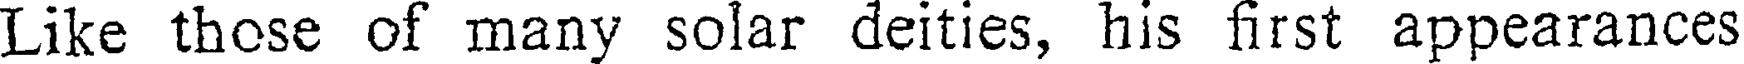
Like those of many solar deities, his first appearances